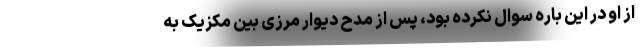
از او در این باره سوال نکرده بود، پس از مدح دیوار مرزی بین مکزیک به